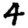
Digit: 4